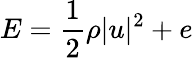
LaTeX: E=\frac{1}{2}\rho|u|^{2}+e